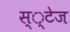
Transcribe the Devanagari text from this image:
स््टेज